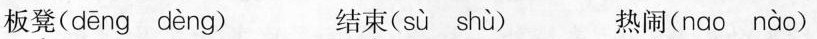
板凳( dēng dèng ) 结束( sù shù ) 热闹(nao niào )